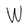
Character: W